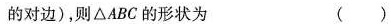
的对边），则△ABC的形状为 （）